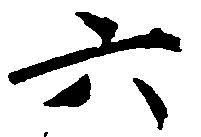
六